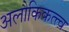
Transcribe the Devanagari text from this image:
अलौकिकत्त्व